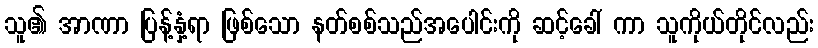
သူ၏ အာဏာ ပြန့်နှံ့ရာ ဖြစ်သော နတ်စစ်သည်အပေါင်းကို ဆင့်ခေါ် ကာ သူကိုယ်တိုင်လည်း